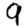
Digit: 9